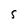
Character: 5